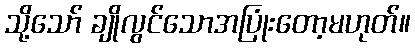
သို့သော် ချိုလွင်သောအပြုံးတော့မဟုတ်။